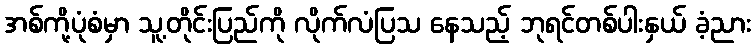
အစ်ကို့ပုံစံမှာ သူ့တိုင်းပြည်ကို လိုက်လံပြသ နေသည့် ဘုရင်တစ်ပါးနှယ် ခံ့ညား